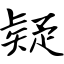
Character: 疑